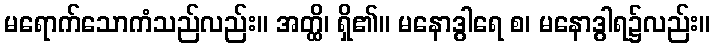
မရောက်သောကံသည်လည်း။ အတ္ထိ၊ ရှိ၏။ မနောဒွါရေ စ၊ မနောဒွါရ၌လည်း။